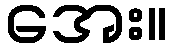
အေး။